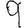
Digit: 9